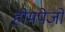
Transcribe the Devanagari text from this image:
होमपेजों